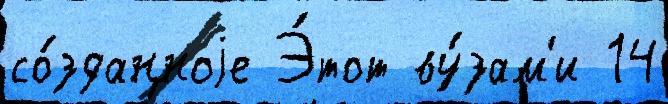
со́зданноjе Э́тот ву́зам'и 14